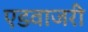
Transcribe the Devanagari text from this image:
एडवाजरी